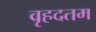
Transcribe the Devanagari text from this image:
वृहदतम